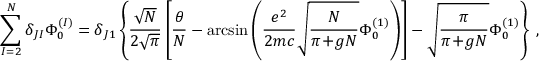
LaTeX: \sum _ { I = 2 } ^ { N } \delta _ { J I } \Phi _ { 0 } ^ { ( I ) } = \delta _ { J 1 } \left\{ \frac { \sqrt { N } } { 2 \sqrt { \pi } } \left[ \frac { \theta } { N } - \arcsin \left( \frac { e ^ { 2 } } { 2 m c } \sqrt { \frac { N } { \pi \! + \! g N } } \Phi _ { 0 } ^ { ( 1 ) } \right) \right] - \sqrt { \frac { \pi } { \pi \! + \! g N } } \Phi _ { 0 } ^ { ( 1 ) } \right\} \; ,